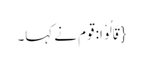
{قَالُوْا: قوم نے کہا۔